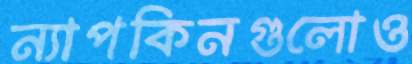
ন্যাপকিনগুলোও